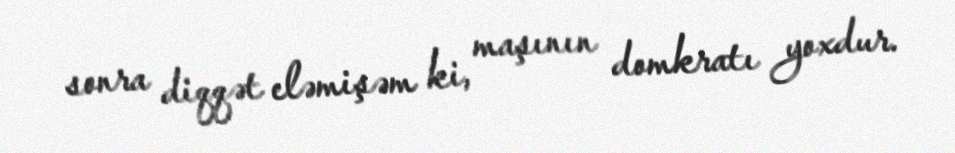
sonra diqqət eləmişəm ki, maşının domkratı yoxdur.